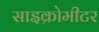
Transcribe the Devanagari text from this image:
साइक्रोमीटर